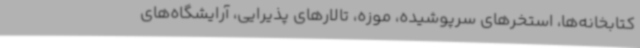
کتابخانه‌ها، استخرهای سرپوشیده، موزه، تالارهای پذیرایی، آرایشگاه‌های